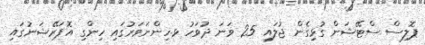
ޕޮލިސް ސްޓޭޝަން ގުޅިގެން ޖުލައި 25 ވަނަ ދުވަހު ޅ.ހިންނަވަރުގައި ހިންގި އޮޕަރޭޝަނުގައި